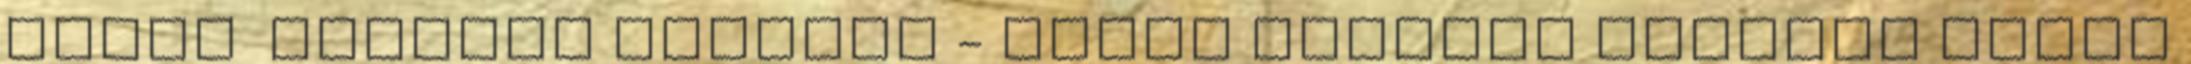
lenni Bechyne szállás - olcsó szállás Bechyne hotel